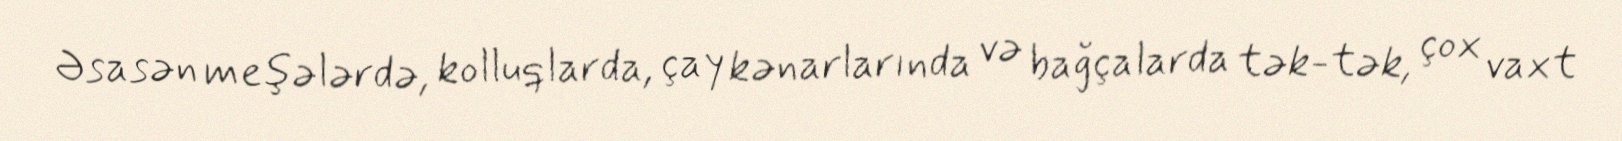
Əsasən meşələrdə, kolluqlarda, çay kənarlarında və bağçalarda tək-tək, çox vaxt